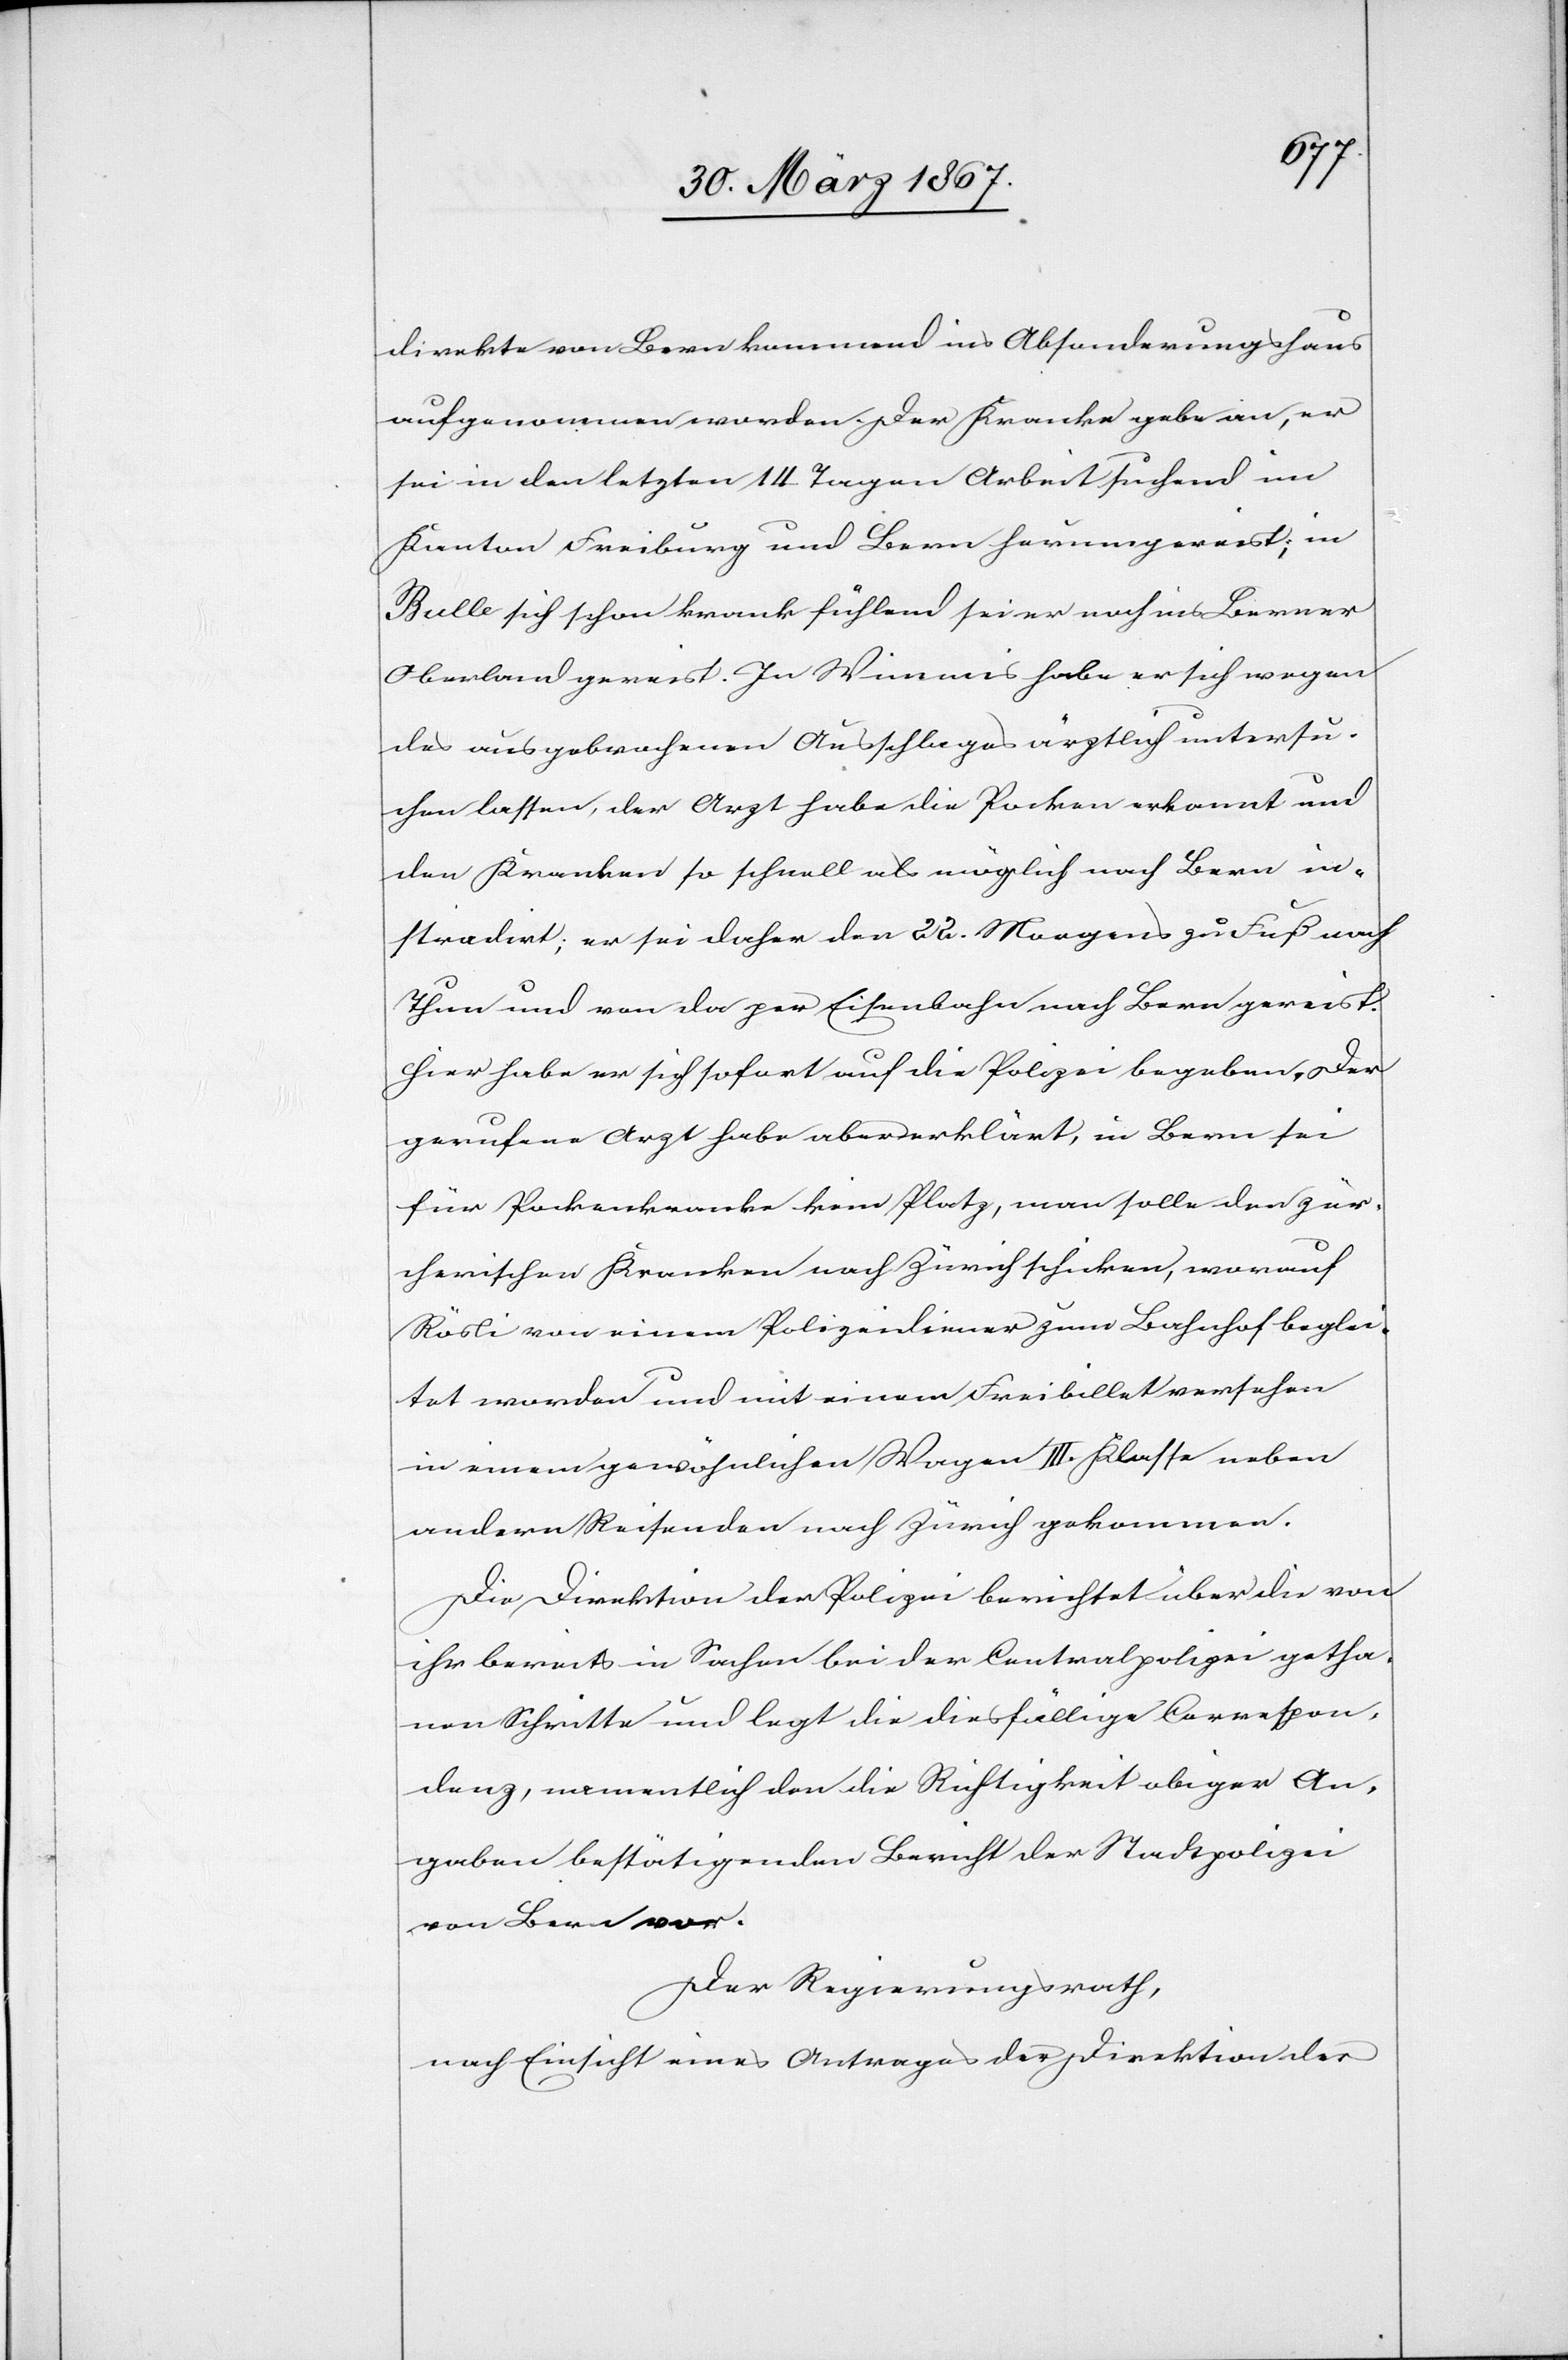
direkt von Bern kommend ins Absonderungshaus
aufgenommen worden. Der Kranke gebe an, er
sei in den letzten 14 Tagen Arbeit suchend im
Kanton Freiburg und Bern herumgereist; in
Bulle sich schon krank fühlend sei er noch ins Berner
Oberland gereist. In Wimmis habe er sich wegen
des ausgebrochenen Ausschlages ärztlich untersu¬
chen lassen, der Arzt habe die Pocken erkannt und
den Kranken so schnell als möglich nach Bern in¬
stradirt; er sei daher den 22. Morgens zu Fuß nach
Thun und von da per Eisenbahn nach Bern gereist.
Hier habe er sich sofort auf die Polizei begeben. Der
gerufene Arzt habe aber erklärt, in Bern sei
für Pockenkranke kein Platz, man solle den zür¬
cherischen Kranken nach Zürich schicken, worauf
Rösli von einem Polizeidiener zum Bahnhof beglei¬
tet worden und mit einem Freibillet versehen
in einem gewöhnlichen Wagen III. Klasse neben
andern Reisenden nach Zürich gekommen.
Die Direktion der Polizei berichtet über die von
ihr bereits in Sachen bei der Centralpolizei getha¬
nen Schritte und legt die diesfällige Correspon¬
denz, namentlich den die Richtigkeit obiger An¬
gaben bestätigenden Bericht der Stadtpolizei
von Bern vor.
Der Regierungsrath,
nach Einsicht eines Antrages der Direktion der